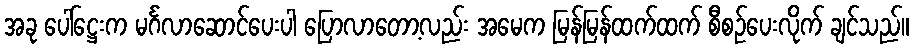
အခု ပေါ်ဋ္ဌေးက မင်္ဂလာဆောင်ပေးပါ ပြောလာတော့လည်း အမေက မြန်မြန်ထက်ထက် စီစဉ်ပေးလိုက် ချင်သည်။